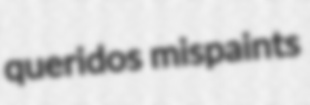
queridos mispaints